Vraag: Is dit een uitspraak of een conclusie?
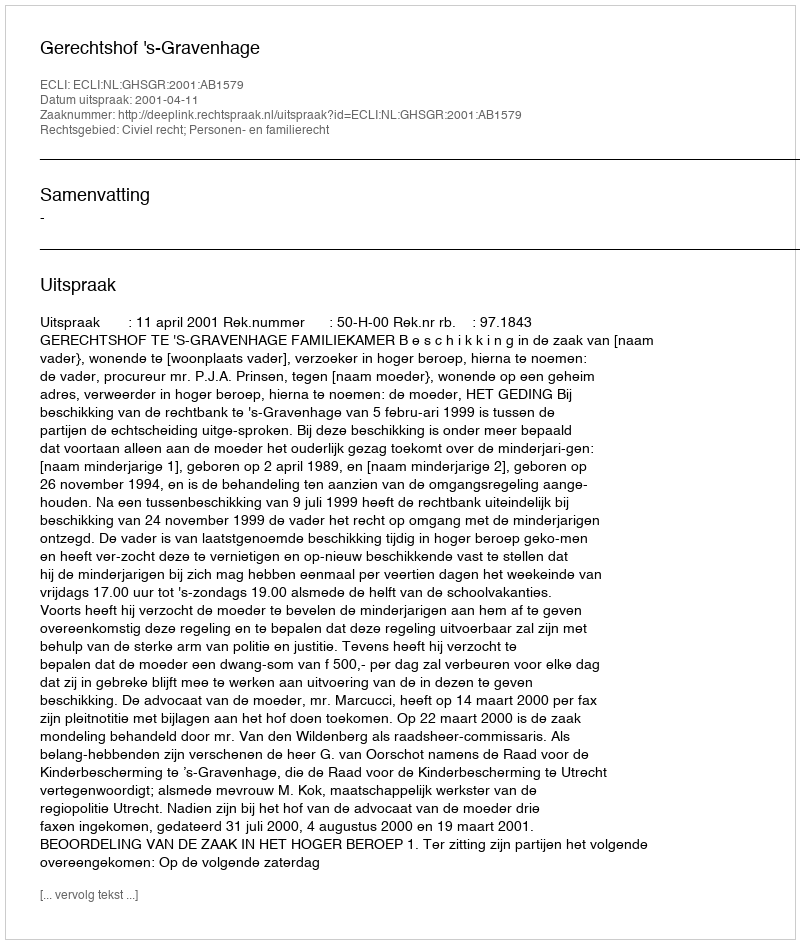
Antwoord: Uitspraak